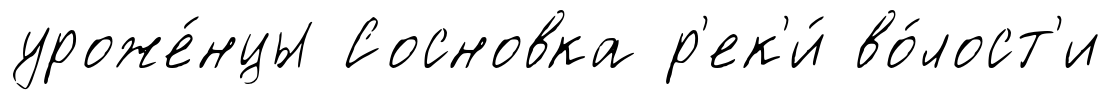
уроже́нцы Сосновка р'ек'и́ во́лост'и